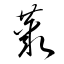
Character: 藂